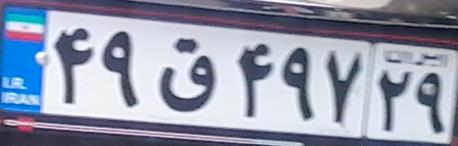
۴۹ق۴۹۷۲۹